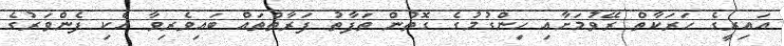
އައިރީގެ ހަރަކާތް ރޭވުމަށާއި ހިންގުމުގެ ގޮތުން ތަފާތު ފަރާތްތައް ބައިވެރިވާ އެކި ފެންވަރުގެ